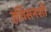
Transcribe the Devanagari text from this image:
हचिंसनशी